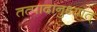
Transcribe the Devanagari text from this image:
तत्पादानुध्यात्